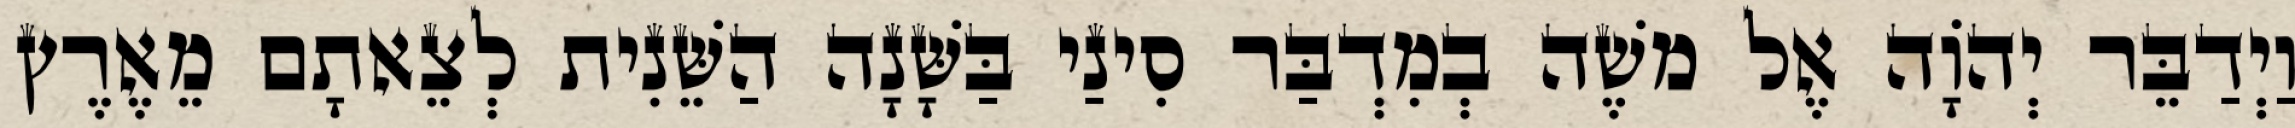
וַיְדַבֵּר יְהוָֹה אֶל משֶׁה בְמִדְבַּר סִינַי בַּשָּׁנָה הַשֵּׁנִית לְצֵאתָם מֵאֶרֶץ